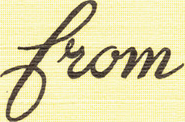
from